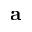
{ \bf a }